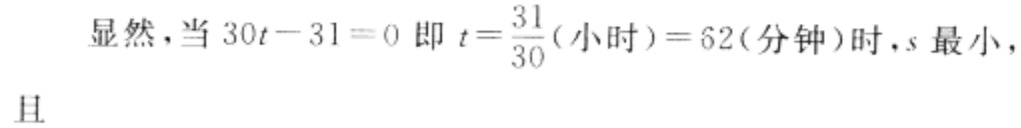
显然，当 \(30t - 31 = 0\) 即 \(t=\frac{31}{30}(\text{小时}) = 62(\text{分钟})\) 时，\(s\) 最小，
且